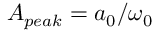
A _ { p e a k } = a _ { 0 } / \omega _ { 0 }